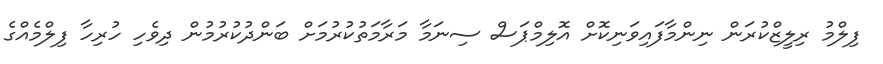
ފިލްމު ރިލީޒްކުރަން ނިންމާފައިވަނިކޮށް އޮލިމްޕަސް ސިނަމާ މަރާމަތުކުރުމަށް ބަންދުކުރުމުން ދިވެހި ހުރިހާ ފިލްމެއްގެ